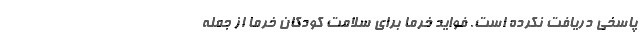
پاسخی دریافت نکرده است. فواید خرما برای سلامت کودکان خرما از جمله